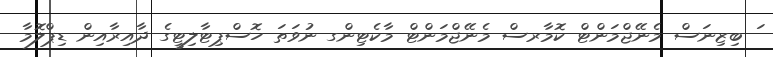
ަ ބިޒިނަސް މެނޭޖްމަންޓް ކޮމާރސް މެނޭޖްމަންޓް މާކެޓިންގ ނުވަތަ ހޮސްޕިޓާލިޓީގެ ދާއިރާއިން ޑިޕްލޮމާ